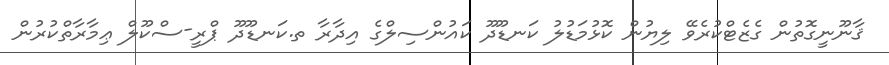
ޤާނޫނީގޮތުން ގެޒެޓްކުރެވޭ ލިޔުން ކޮޅުމަޑުލު ކަނޑޫދޫ ކައުންސިލްގެ އިދާރާ ތ.ކަނޑޫދޫ ޕްރީ-ސްކޫލް ޢިމާރާތްކުރުން